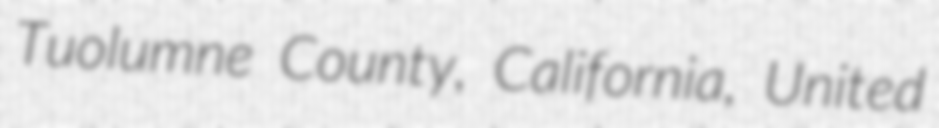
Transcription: Tuolumne County, California, United